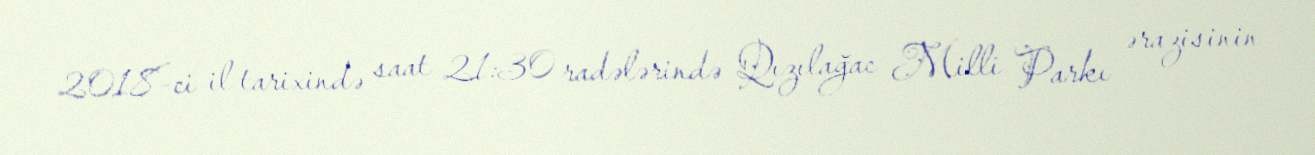
2018-ci il tarixində saat 21:30 radələrində Qızılağac Milli Parkı ərazisinin